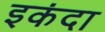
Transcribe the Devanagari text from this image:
इकंदा